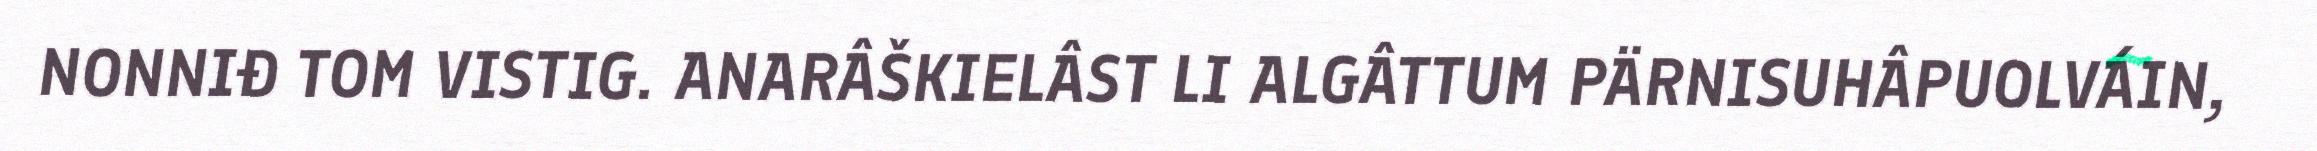
NONNIĐ TOM VISTIG. ANARÂŠKIELÂST LI ALGÂTTUM PÄRNISUHÂPUOLVÁIN,